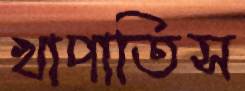
খাপাতিস